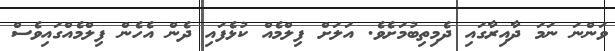
ވަންނަ ނަމަ ދާއިރާގައި ދެމިތިބުމަށެވެ. އަލަށް ފިލްމެއް ކުޅެފައި ދެން އެހެން ފިލްމެއްގައިވެސް